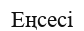
Еңсесі